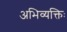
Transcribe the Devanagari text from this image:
अभिव्यक्तिः